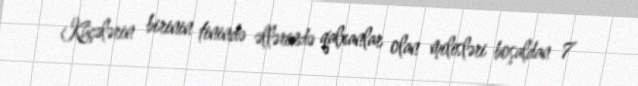
Küçələrin birinin tinində əllərində qalxanlar olan milisləri boşaldan 7